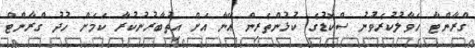
ގްރާންޓާ ހަވާލުކުރެވުނު ސްކޮޑުގެ ކުޅުންތެރިން އޭނާ އަށް އިތުބާރުނުކުރާ ކަމަށް ހުދު ގްރާންޓް